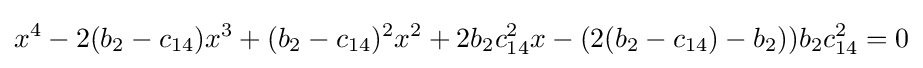
x^{4}-2(b_{2}-c_{14})x^{3}+(b_{2}-c_{14})^{2}x^{2}+2b_{2}c_{14}^{2}x-(2(b_{2}-c_{14})-b_{2}))b_{2}c_{14}^{2}=0